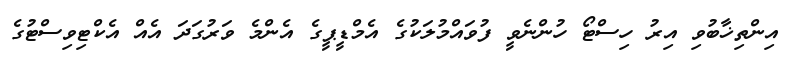
އިންތިޚާބުވި އިރު ހިސްޓޯ ހުންނެވީ ފުވައްމުލަކުގެ އެމްޑީޕީގެ އެންމެ ވަރުގަދަ އެއް އެކްޓިވިސްޓުގެ